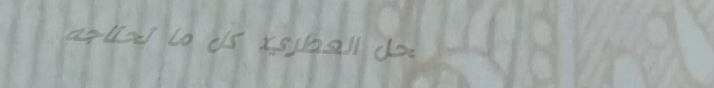
محل العطري: كل ما تحتاجه